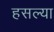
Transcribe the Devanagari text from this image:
हसल्या